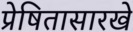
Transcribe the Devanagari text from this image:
प्रेषितासारखे